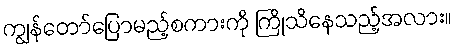
ကျွန်တော်ပြောမည့်စကားကို ကြိုသိနေသည့်အလား။